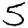
Digit: 5